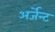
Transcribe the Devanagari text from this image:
अर्जेन्ट